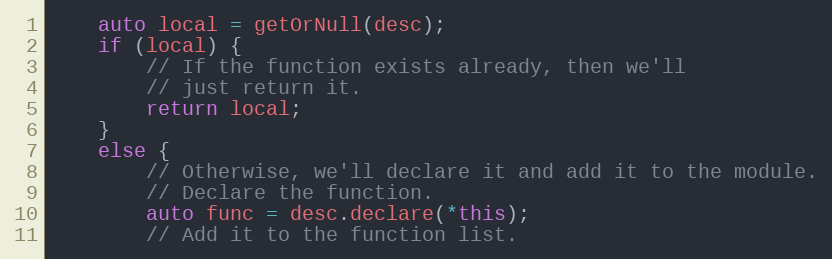
Language: C++
    auto local = getOrNull(desc);
    if (local) {
        // If the function exists already, then we'll
        // just return it.
        return local;
    }
    else {
        // Otherwise, we'll declare it and add it to the module.
        // Declare the function.
        auto func = desc.declare(*this);
        // Add it to the function list.